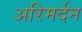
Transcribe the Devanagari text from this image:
अरिमर्दन